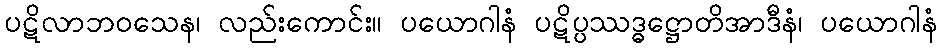
ပဋိလာဘဝသေန၊ လည်းကောင်း။ ပယောဂါနံ ပဋိပ္ပဿဒ္ဓဋ္ဌောတိအာဒီနံ၊ ပယောဂါနံ